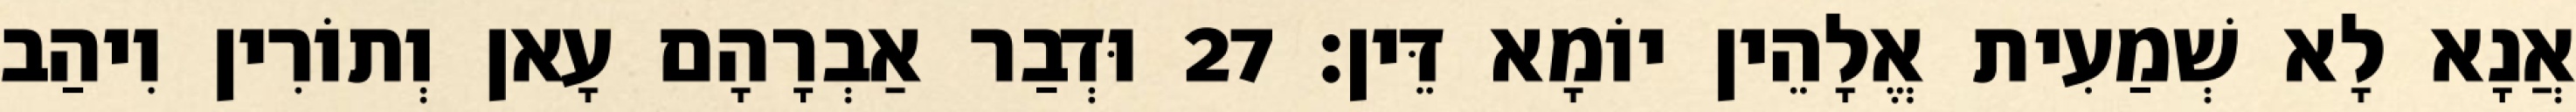
אֲנָא לָא שְׁמַעִית אֱלָהֵין יוֹמָא דֵּין׃ 27 וּדְבַר אַבְרָהָם עָאן וְתוֹרִין וִיהַב